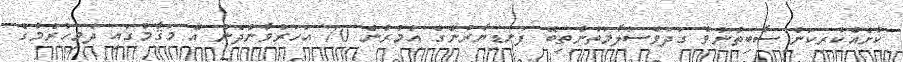
ކުށެއްކުރިކަން ސާބިތުނުވެ ގަދަވެސަލާމަތުންތިބޭ ފަނޑިޔާރުންގެ އުމުރުން 70 އަހަރުވާންދެން އެ މަޤާމުގައި ދެމިހުރުމުގެ